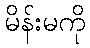
မိန်းမကို